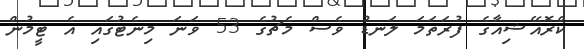
ކްރޮއޭޝިއާގެ ފުރަތަމަ ލަނޑު ވެސް މެޗުގެ 53 ވަނަ މިނެޓުގައި އެ ޓީމުން